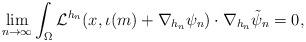
LaTeX: \begin{align*} \lim_{n \to \infty} \int_{\Omega} \mathcal{L}^{h_n} (x, \iota(m)+\nabla_{h_n} \psi_n) \cdot \nabla_{h_n} \tilde{\psi}_n =0, \end{align*}